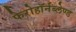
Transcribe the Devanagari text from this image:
फेरोहॉर्नब्लेण्ड